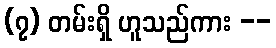
(၇) တမ်းရှိ ဟူသည်ကား --